Vital statistics of India. Vol. IV, Annual returns from 1871 to 1876. British Army of India, Native Army and jails of Bengal
Year: 1871
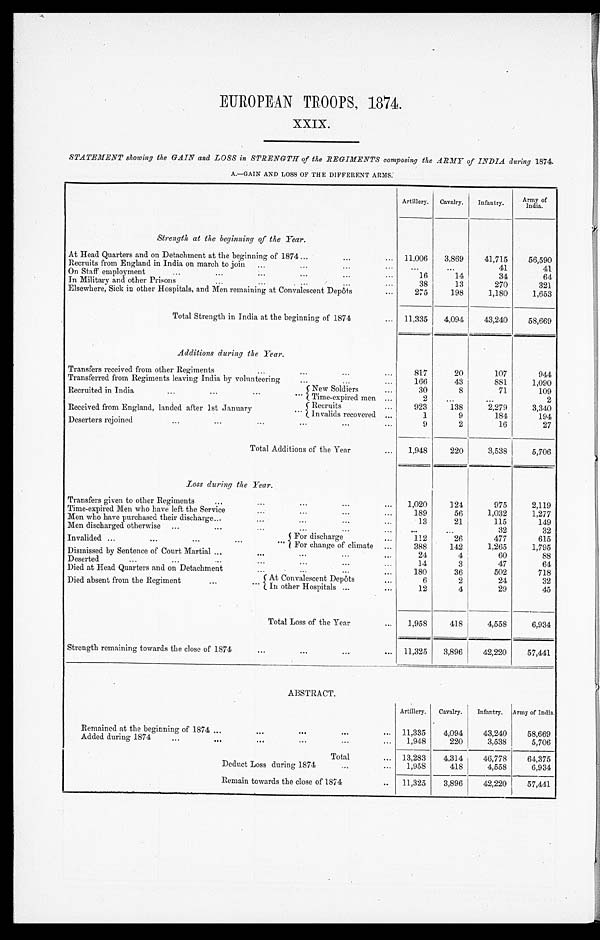
EUROPEAN TROOPS, 1874.
XXIX.
STATEMENT showing the GAIN and LOSS in STRENGTH of the REGIMENTS composing the ARMY of INDIA during 1874.
A.—GAIN AND LOSS OF THE DIFFERENT ARMS.
Artillery.
Cavalry.
Infantry.
Ar my of I ndi a.
Strength at the beginning of the Year.
At Head Quarters and on Detachment at the beginning of 1874 . . .
11,006
3,869
41,715
56,590
Recruits from England in India on march to join . . .
. . .
. . .
41
41
On Staff employment . . .
16
14
34
64
I n M i l i t a r y a n d o t h e r P r i s o n s . . .
3 8
13
270
321
Elsewhere, Sick in other Hospitals, and Men remaining at Convalescent Depôts . . .
275
198
1,180
1,653
Total Strength in India at the beginning of 1874 . . .
11,335
4,094
43,240
58,669
Additions during the Year.
Transfers received from other Regiment . . .
817
20
107
944
Transferred from Regiments leaving India by volunteering . . .
166
43
881
1,090
Recruited in India . . .
New Sol di ers . . .
30
8
71
109
Time-expired men . . .
2
. . .
. . .
2
Received from England, landed after 1st January . . .
Recruits . . .
923
138
2,279
3,340
Invalids recovered . . .
1
9
184
194
Deserters rejoined . . .
9
2
16
27
Total Additions of the Year . . .
1,948
220
3,538
5,706
Loss during the Year.
Transfers given to other Regiments . . .
1,020
124
975
2,119
Time-expired Men who have left the Service . . .
189
56
1,032
1,277
Men who have purchased their discharge . . .
13
21
115
149
Men discharged otherwise . . .
. . .
. . .
32
32
Invalided . . .
For discharge
112
26
477
615
For change of climate . . .
388
142
1,265
1,795
Dismissed by Sentence of Court Martial . . .
2 4
4
60
88
Deserted . . .
14
3
47
64
Died at Head Quarters and on Detachment . . .
180
36
502
718
Died absent from the Regiment . . .
At Convalescent Depôts . . .
6
2
24
32
In other Hospitals . . .
12
4
29
45
Total Loss of the Year . . .
1,958
418
4,558
6,934
Strength remaining towards the close of 1874 . . .
11,325
3,896
42,220
57,441
ABSTRACT.
Artillery.
Cavalry.
Infantry.
Army of India.
Remained at the beginning of 1874 . . .
11,335
4,094
43,240
58,669
Added during 1874 . . .
1,948
220
3,538
5,706
Total . . .
13.283
4,314
46,778
64,375
Deduct Loss during 1874 . . .
1,958
418
4,558
6,934
Remain towards the close of' 1874 . . .
11,325
3,896
42,220
57,441